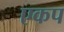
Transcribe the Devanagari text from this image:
एकप